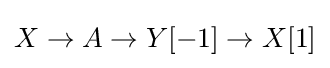
X\to A\to Y[-1]\to X[1]